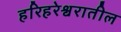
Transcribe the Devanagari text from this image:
हरिहरेश्वरातील